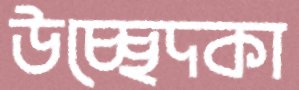
উচ্ছেদকা